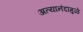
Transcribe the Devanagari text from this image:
अत्यानंदांमुळे